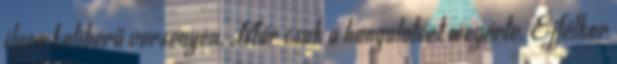
ilyen kaliberű versenyen. Már csak a hangulatért megérte. Éjfélkor